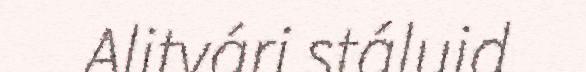
Alitvári stáluid